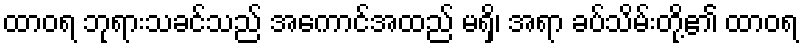
ထာဝရ ဘုရားသခင်သည် အကောင်အထည် မရှိ၊ အရာ ခပ်သိမ်းတို့၏ ထာဝရ